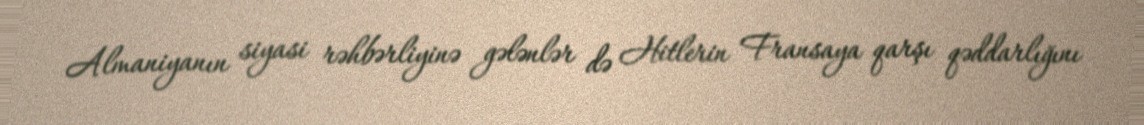
Almaniyanın siyasi rəhbərliyinə gələnlər də Hitlerin Fransaya qarşı qəddarlığını